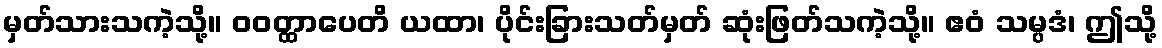
မှတ်သားသကဲ့သို့။ ဝဝတ္ထာပေတိ ယထာ၊ ပိုင်းခြားသတ်မှတ် ဆုံးဖြတ်သကဲ့သို့။ ဧဝံ သမ္ပဒံ၊ ဤသို့